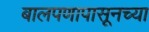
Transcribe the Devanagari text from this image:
बालपणापासूनच्या